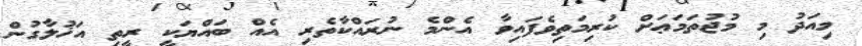
މިއަދު މި މުޖުތަމަޢަށް ކުރިމަތިވެފައިވާ އެންމެ ނުރައްކާތެރި އެއް ބައްޔަކީ ރީތި އަޚުލާގުން